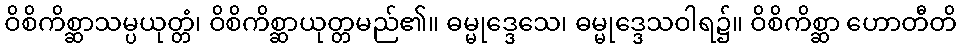
ဝိစိကိစ္ဆာသမ္ပယုတ္တံ၊ ဝိစိကိစ္ဆာယုတ္တမည်၏။ ဓမ္မုဒ္ဒေသေ၊ ဓမ္မုဒ္ဒေသဝါရ၌။ ဝိစိကိစ္ဆာ ဟောတီတိ